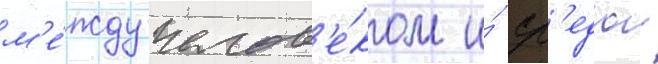
м'е́жду челов'е́ком и́ ср'едои